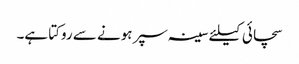
سچائی کیلئے سینہ سپر ہونے سے روکتا ہے۔